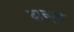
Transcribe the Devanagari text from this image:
दान्यूब